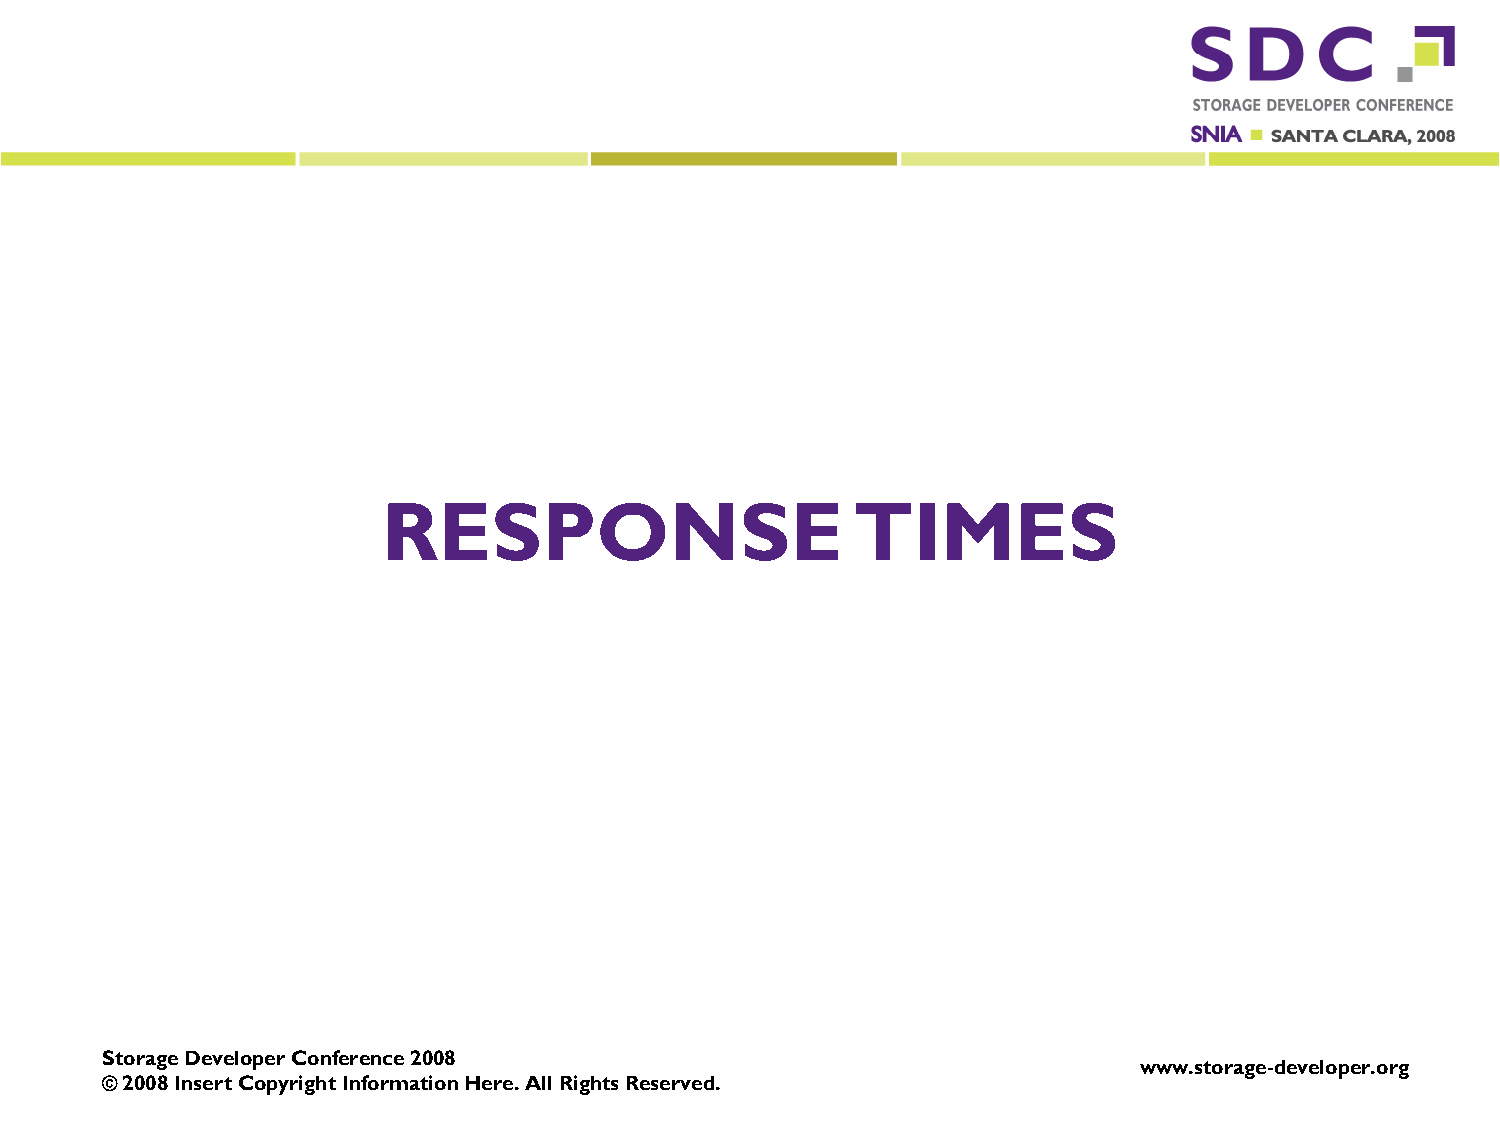
RESPONSE                       TIMES
 Storage Developer Conference 2008
 www.storage-developer.org
 © 2008 Insert Copyright Information Here. All Rights Reserved.